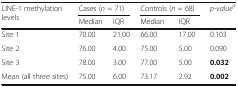
| <ROWSPAN=2> LINE-1 methylation levels | <COLSPAN=2> Cases (n = 71) | <COLSPAN=2> Controls (n = 68) | <ROWSPAN=2> p-valuea |
 | Median | IQR | Median | IQR |
 | --- | --- | --- | --- | --- | --- |
 | Site 1 | 70.00 | 21.00 | 66.00 | 17.00 | 0.103 |
 | Site 2 | 76.00 | 4.00 | 75.00 | 5.00 | 0.090 |
 | Site 3 | 78.00 | 3.00 | 77.00 | 5.00 | 0.032 |
 | Mean (all three sites) | 75.00 | 6.00 | 73.17 | 2.92 | 0.002 |